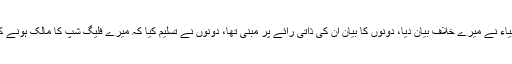
نوازشریف کا مزید کہنا تھا کہ صرف تفتیشی افسر محمد کامران اور واجد ضیاء نے میرے خلاف بیان دیا، دونوں کا بیان ان کی ذاتی رائے پر مبنی تھا، دونوں نے تسلیم کیا کہ میرے فلیگ شپ کا مالک ہونے کے کوئی ثبوت نہیں ملے، دونوں گواہان نے دستاویزی ثبوت پیش نہیں کیے۔